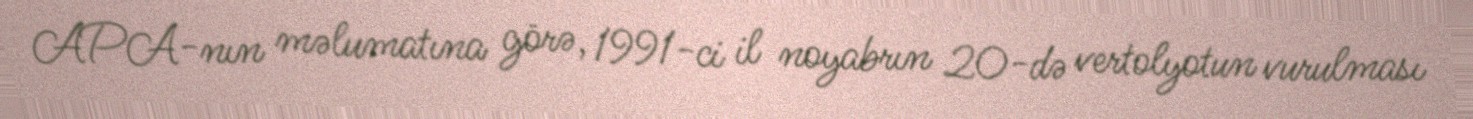
APA-nın məlumatına görə, 1991-ci il noyabrın 20-də vertolyotun vurulması